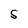
Character: S